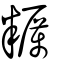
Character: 糲